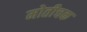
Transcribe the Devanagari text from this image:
मोतीचक